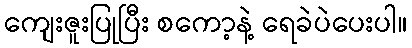
ကျေးဇူးပြုပြီး စကော့နဲ့ ရေခဲပဲပေးပါ။